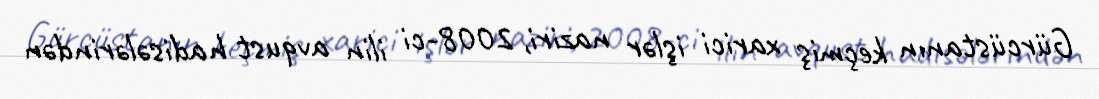
Gürcüstanın keçmiş xarici işlər naziri, 2008-ci ilin avqust hadisələrindən